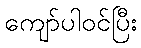
ကျော်ပါဝင်ပြီး